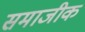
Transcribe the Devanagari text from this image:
समाजीक